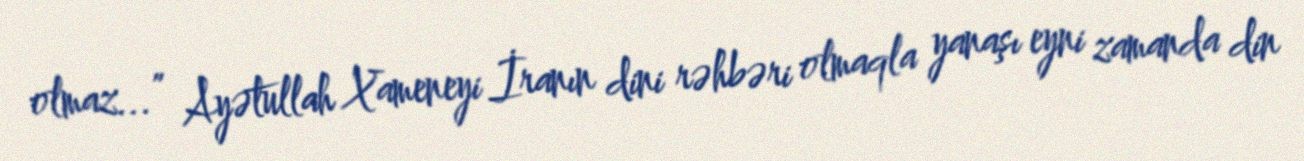
olmaz...” Ayətullah Xameneyi İranın dini rəhbəri olmaqla yanaşı eyni zamanda din